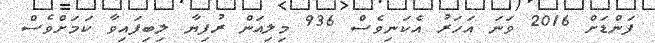
ފަންޑަށް 2016 ވަނަ އަހަރު އެކަނިވެސް 936 މިލިއަން ރުފިޔާ ލިބިފައިވާ ކަމަށްވެސް